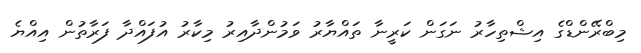
މިބްރޭންޑްގެ އިޝްތިހާރު ނަގަން ކަރީނާ ތައްޔާރު ވަމުންދާއިރު މިކާރު އުފައްދާ ފަރާތުން އިއްޔެ